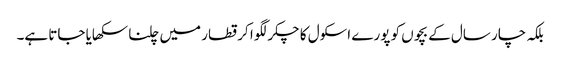
بلکہ چار سال کے بچوں کو پورے اسکول کا چکر لگوا کر قطار میں چلنا سکھایا جاتا ہے۔